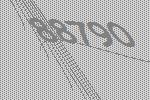
88790